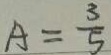
A = \frac { 3 } { 5 }